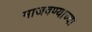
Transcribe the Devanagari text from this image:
माजवण्याच्या